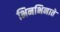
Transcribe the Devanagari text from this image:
भिनभिनाते